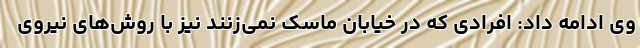
وی ادامه داد: افرادی که در خیابان ماسک نمی‌زنند نیز با روش‌های نیروی